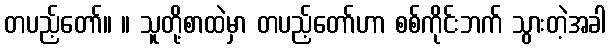
တပည့်တော်။ ။ သူတို့စာထဲမှာ တပည့်တော်ဟာ စစ်ကိုင်းဘက် သွားတဲ့အခါ